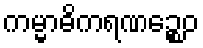
ကမ္မာဓိကရဏဉ္စေဝ